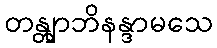
တန္တျာဘိနန္ဒာမသေ